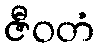
ဇီဝတံ